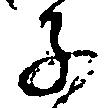
子